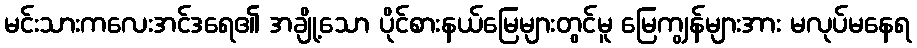
မင်းသားကလေးအင်ဒရေ၏ အချို့သော ပိုင်စားနယ်မြေများတွင်မူ မြေကျွန်များအား မလုပ်မနေရ